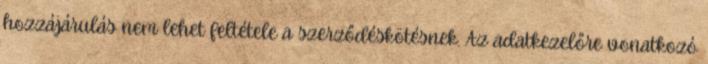
hozzájárulás nem lehet feltétele a szerződéskötésnek. Az adatkezelőre vonatkozó